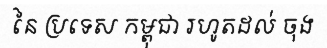
នៃ ប្រទេស កម្ពុជា រហូតដល់ ចុង